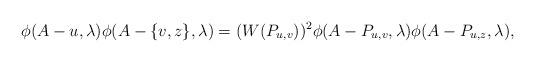
LaTeX: \begin{align*}\phi(A-u,\lambda)\phi(A-\{v,z\},\lambda)=(W(P_{u,v}))^{2}\phi(A-P_{u,v},\lambda)\phi(A-P_{u,z},\lambda),\end{align*}